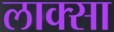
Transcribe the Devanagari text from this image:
लाक्सा